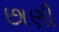
છાણી